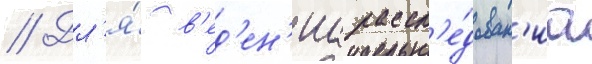
// Дл'я́ в'ед'ен'иа рассл'е́дован'иа